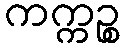
ကက္ကဉ္စ